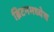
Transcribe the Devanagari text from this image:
ब्रिटनमध्येच